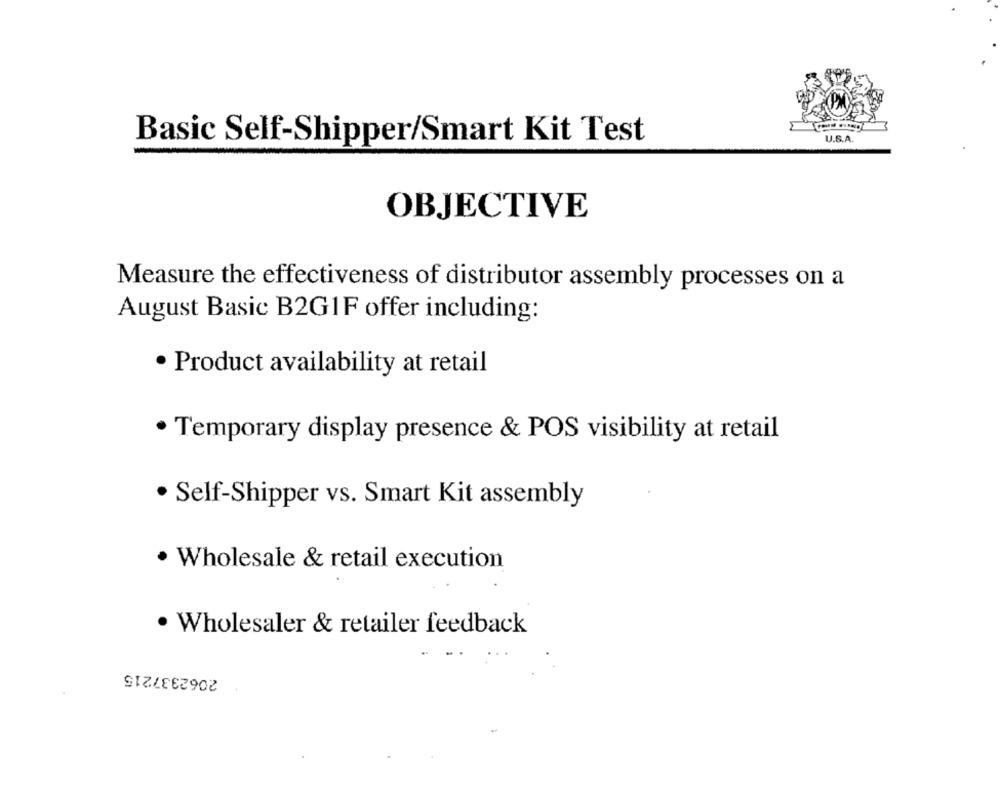
Basic Self-Shipper/Smart Kit Test
U.S.A.
OBJECTIVE
Measure the effectiveness of distributor assembly processes on a
August Basic B2G1F offer including:
· Product availability at retail
· Temporary display presence & POS visibility at retail
· Self-Shipper vs. Smart Kit assembly
· Wholesale & retail execution
· Wholesaler & retailer feedback
2062337215